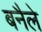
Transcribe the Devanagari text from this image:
बनैले